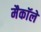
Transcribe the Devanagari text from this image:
मैकाॅले